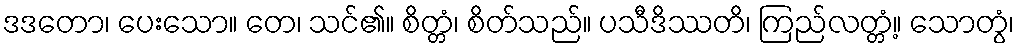
ဒဒတော၊ ပေးသော။ တေ၊ သင်၏။ စိတ္တံ၊ စိတ်သည်။ ပသီဒိဿတိ၊ ကြည်လတ္တံ့။ သောတွံ၊